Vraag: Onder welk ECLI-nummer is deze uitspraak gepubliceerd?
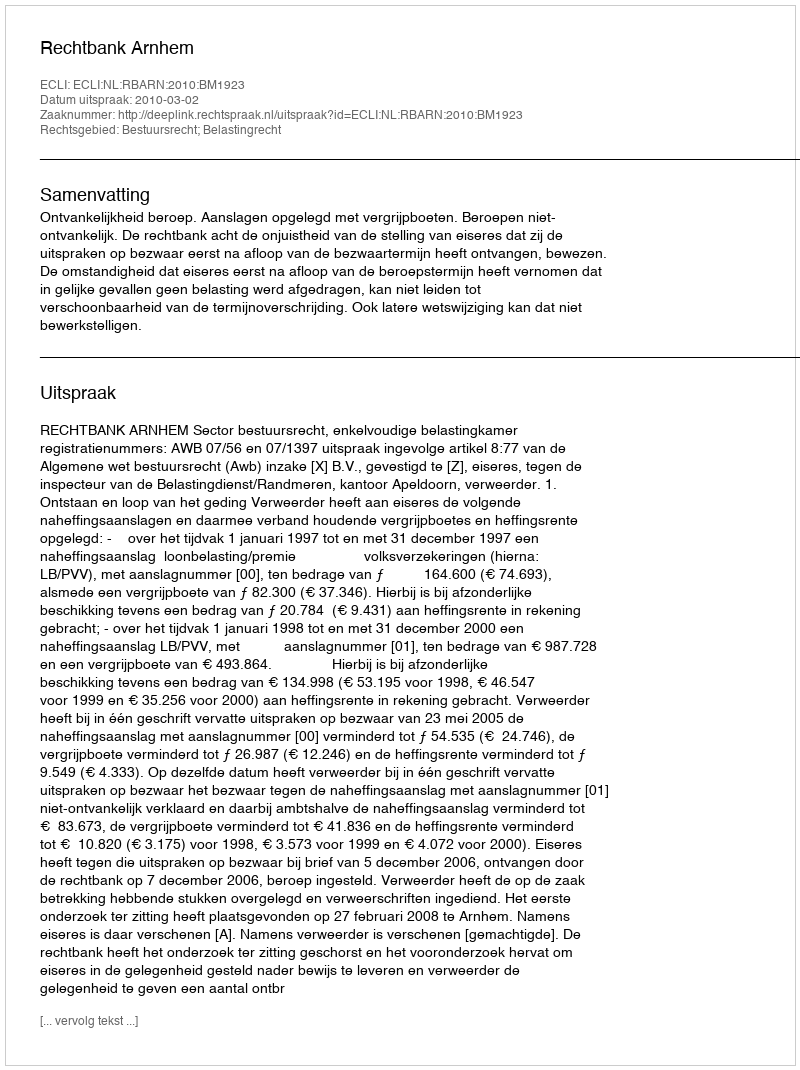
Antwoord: ECLI:NL:RBARN:2010:BM1923